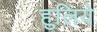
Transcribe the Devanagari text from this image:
हुलिये